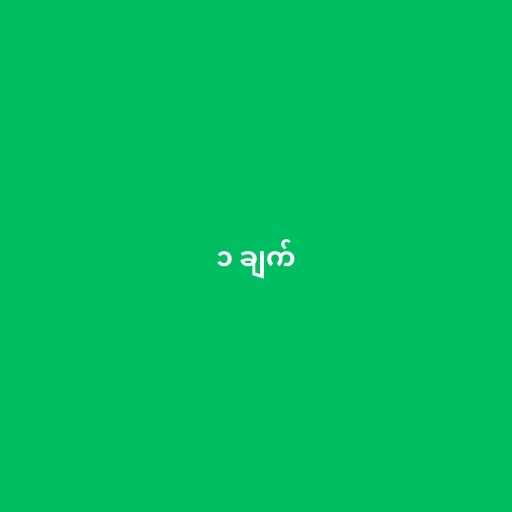
၁ ချက်